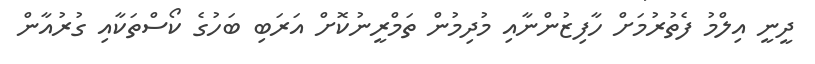
ދީނީ އިލްމު ފެތުރުމަށް ހާފިޒުންނާއި މުދިމުން ތަމްރީނުކޮށް އަރަބި ބަހުގެ ކޯސްތަކާއި ގުރުއާން